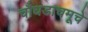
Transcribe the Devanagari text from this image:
चौघडाचमूचे